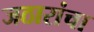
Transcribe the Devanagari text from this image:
जठारांचा